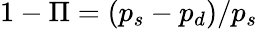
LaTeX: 1-\Pi=(p_{s}-p_{d})/p_{s}